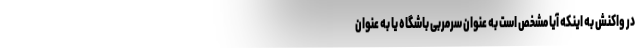
در واکنش به اینکه آیا مشخص است به عنوان سرمربی باشگاه یا به عنوان